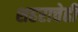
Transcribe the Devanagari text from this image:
शहराचेही